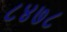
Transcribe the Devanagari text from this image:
८४७८